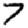
Digit: 7